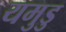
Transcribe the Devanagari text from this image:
यमुडु